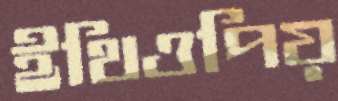
ইথিওপিয়